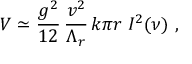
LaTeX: V \simeq \frac { g ^ { 2 } } { 1 2 } \, \frac { v ^ { 2 } } { \Lambda _ { r } } \, k \pi r \; I ^ { 2 } ( \nu ) ~ ,